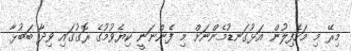
މިރޭ މި މަހެފިލުން އަޅުގަނޑުމެންނަށް މި ފެންނަނީ ކިޔެވުމުގެ ރޮގުގައި ވިދާ ބަބުޅާ